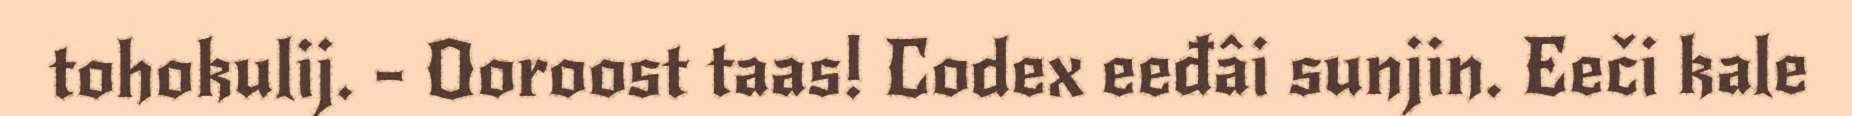
tohokulij. - Ooroost taas! Codex eeđâi sunjin. Eeči kale